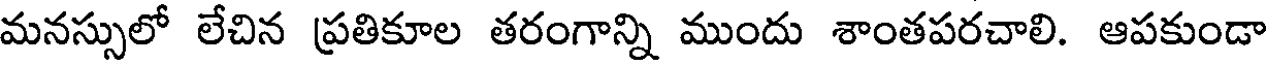
మనస్సులో లేచిన ప్రతికూల తరంగాన్ని ముందు శాంతపరచాలి. ఆపకుండా